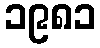
၁၉၈၁